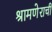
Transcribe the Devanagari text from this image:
श्रामणेराची